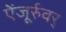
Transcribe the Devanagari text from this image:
ऐंजूर्रुवर्